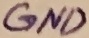
Text: GND